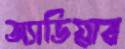
জ্যাভিয়ার